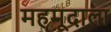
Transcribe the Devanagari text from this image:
महमूदाला